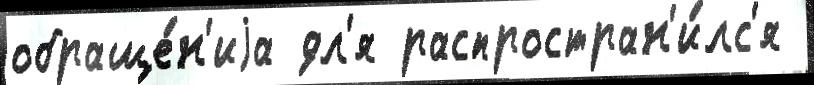
обраще́н'иjа дл'я распростран'и́лс'я